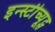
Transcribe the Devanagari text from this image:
इन्स्टीच्यूट्स